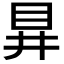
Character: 𭾞